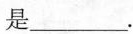
是___.